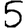
Digit: 5